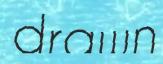
drawn